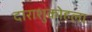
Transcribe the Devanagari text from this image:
दाराशुकोहला